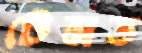
টেমড